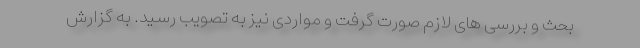
بحث و بررسی های لازم صورت گرفت و مواردی نیز به تصویب رسید. به گزارش